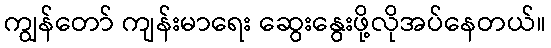
ကျွန်တော် ကျန်းမာရေး ဆွေးနွေးဖို့လိုအပ်နေတယ်။